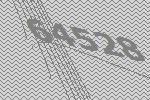
64528